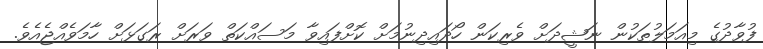
ފުވާދުގެ މިއަމަލުތަކުން ނަޝީދަށް ވެރިކަން ހޯދައިދިނުމަށް ކޮށްފައިވާ މަސައްކަތް ވަރަށް ރަގަޅަށް ހާމަވެއްޖެއެވެ.